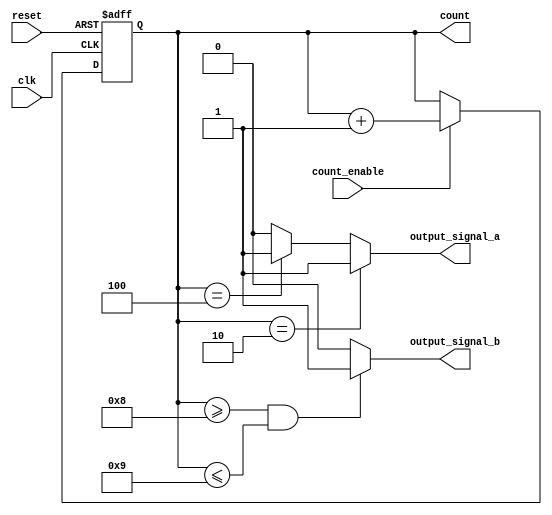
module synchronous_counter (
    input wire clk,                // Clock input
    input wire reset,              // Asynchronous reset input
    input wire count_enable,       // Count enable input
    output reg [3:0] count,        // 4-bit counter output
    output reg output_signal_a,    // Example output signal A
    output reg output_signal_b     // Example output signal B
);

// Asynchronous reset logic
always @(posedge clk or posedge reset) begin
    if (reset) begin
        count <= 4'b0000;          // Reset the counter to 0
    end else if (count_enable) begin
        count <= count + 1;        // Increment the counter on count enable
    end
end

// Output control logic based on the current count value
always @(*) begin
    // Default outputs
    output_signal_a = 1'b0;
    output_signal_b = 1'b0;

    // Control logic for output_signal_a
    if (count == 4'b0010) begin
        output_signal_a = 1'b1;    // Activate output_signal_a at count 2
    end else if (count == 4'b0100) begin
        output_signal_a = 1'b1;    // Activate output_signal_a at count 4
    end

    // Control logic for output_signal_b
    if (count >= 4'b1000 && count <= 4'b1001) begin
        output_signal_b = 1'b1;    // Activate output_signal_b for counts 8 and 9
    end
end

endmodule